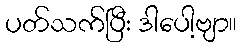
ပတ်သက်ပြီး ဒါပေါ့ဗျာ။